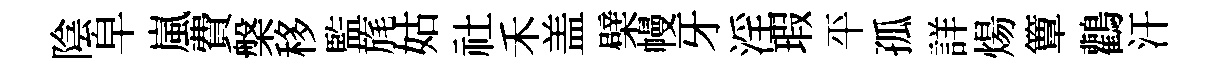
陰皁嵐費槃移監旄姑社禾盖檗幔牙淫瑕平孤詳煬簟鸛汗